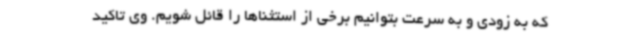
که به زودی و به سرعت بتوانیم برخی از استثناها را قائل شویم. وی تاکید